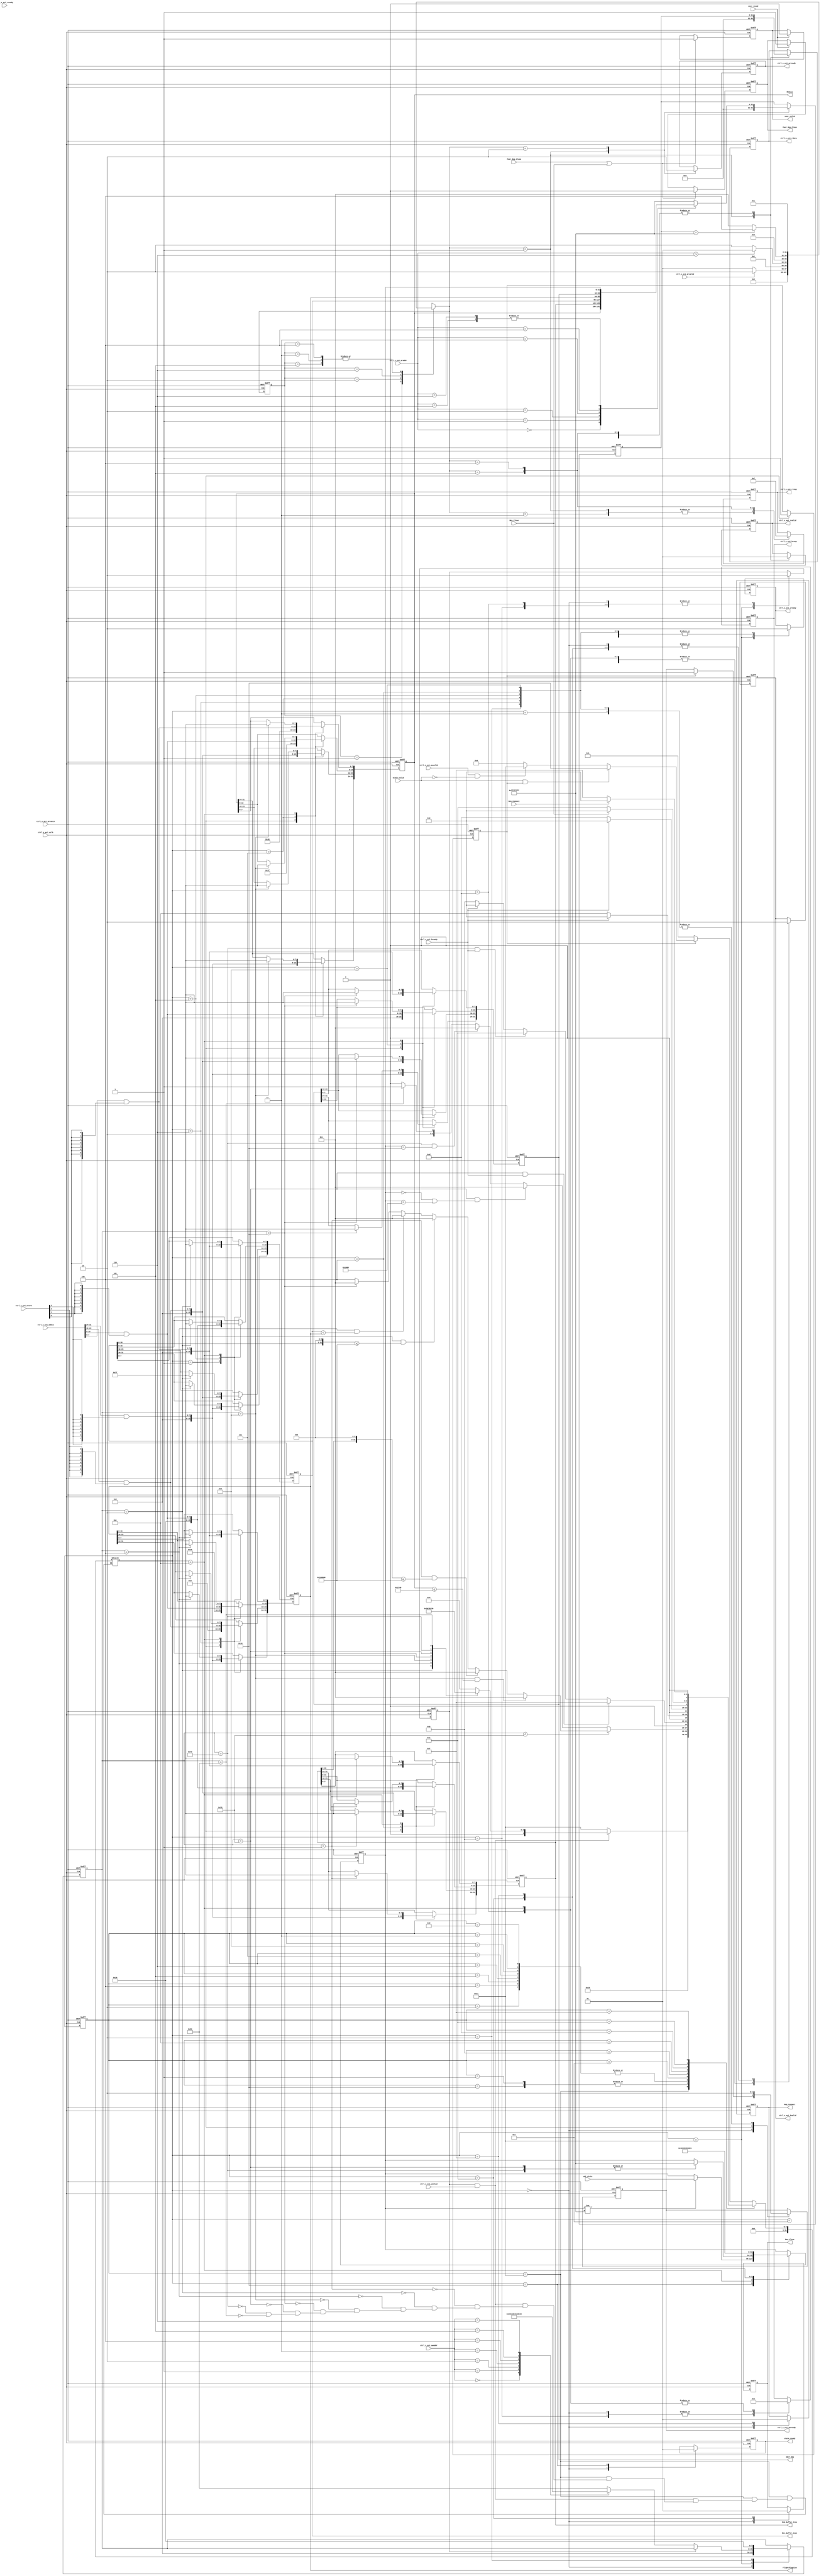
//%	@file   configure.v
//%	@brief	 
//% @details 
//% AXI-LITEBRAMUDTUDT
//% @details
//%	
//%		12
//%		2UDT:
//%			2.1
//%			2.2 
//%				2.2.1 
//%				2.2.2 
//%	:
//%		
//%			1UDTUDTSocket Manager
//%			2UDTUDTSocket Manager
//%	
//%			1UDTUDT
//%			2UDTSocket ManagerUDT
//%	
//%			AXI-LITEBRAM
//%	
module    configure #(
		parameter	DEFAULT_SND_BUFFER_SIZE	=	32'd8192 ,
		parameter	DEFAULT_REV_BUFFER_SIZE =   32'd8192 ,
		parameter	DEFAULT_FLIGHT_FLAG_SIZE =	32'd256000,
		parameter	MAX_MSSize	= 32'd8000	,
		parameter	MAX_MEMORY_SIZE	=   32'd1024*1024 ,
		parameter	DEFAULT_INIT_SEQ	=	0	,
		parameter	INIT_STATE	=	32'h0000_0000 ,
		parameter	CONNECTING	=	32'h0000_0001 ,
		parameter	CONNECTED	=	32'h0000_0010 ,
		parameter	CLOSING	=	32'h0000_0100	,
		parameter	CLOSED	=	32'h0000_1000	
	
)(
	input	ctrl_s_axi_aclk,							//% -(100Mhz)
	input   ctrl_s_axi_aresetn,							//% -()
	input	[31:0]	ctrl_s_axi_awaddr,					//%	-
	input	ctrl_s_axi_awvalid,							//% -
	output	reg	ctrl_s_axi_awready,						//%	-
	input	[31:0]	ctrl_s_axi_wdata,					//%	-
	input	[3:0]	ctrl_s_axi_wstrb,					//%	-
	input	ctrl_s_axi_wvalid,							//%	-
	output	reg	ctrl_s_axi_wready,						//%	-
	output	reg	[1:0]	ctrl_s_axi_bresp,				//%	-
	output	reg	ctrl_s_axi_bvalid,						//%	-
	input	ctrl_s_axi_bready,							//%	-
	
	input   [31:0]	ctrl_s_axi_araddr,					//% -
	input	ctrl_s_axi_arvalid,							//% -
	output	reg	ctrl_s_axi_arready,							//% -
	output  reg [31:0]	ctrl_s_axi_rdata,					//%	-
	output	reg [1:0]	ctrl_s_axi_rresp,					//%	-
	output	reg	ctrl_s_axi_rvalid,							//%	-
	input	ctrl_s_axi_rready,							//%	-
	
	input	[31:0]	udt_state ,							//%	
	input	state_valid,								//%	
	output	reg	state_ready,							//%	
	
	
	output	reg	Req_Connect ,							//%	
	input	Res_Connect ,								//% 
	
	output	reg	Req_Close	,							//%	
	input	Res_Close	,								//%	
	
	input	Peer_Req_Close ,						
	output	reg	Peer_Res_Close ,
	
//	output	reg	user_closed	,							//%	(UDT-AXI-STREAM-READY)
	output	reg	user_valid	,							//%	
	input	user_ready	,								//%	
//	output	CTRL_state_reg ,							//%	DEBUG
	
	
	output	reg	[31:0]	Snd_Buffer_Size ,					//%	buffer
	output	reg	[31:0]	Rev_Buffer_Size	,					//%	buffer
	output	reg [31:0]	 FlightFlagSize ,					//%	
	output	reg [31:0]	MSSize	,							//%	
	output	reg	[31:0]	INIT_SEQ							//%	

);
/*			(Snd_Buffer_Size +   Snd_Buffer_Size)*MSSize +   2*m_iFlightFlagSize*sizeof(list) < DEFAULT_FLIGHT_FLAG_SIZE */





reg	[31:0]	CTRL_state_reg ; 
reg	[31:0]	REG_address ;



(* mark_debug = "TRUE" *)	integer	CTRL_State  ;
(* mark_debug = "TRUE" *)	integer CTRL_Next_State ;
(* mark_debug = "TRUE" *)	integer	READ_CTRL_State ;
(* mark_debug = "TRUE" *)	integer READ_CTRL_Next_State ;


(* mark_debug = "TRUE" *)	reg		init_paramter ;

/*AXI-LITE*/


localparam  CTRL_IDLE = 0 ,  
	CTRL_INIT = 1 ,	CTRL_SEL = 17 ,
	CTRL_CONNECT = 2 , CTRL_CLOSE  = 3 ,
	CTRL_SND_BUFFER = 4 , CTRL_REV_BUFFER = 5 ,CTRL_FLIGHT_SIZE = 6 , CTRL_MSSIZE = 7 , CTRL_INIT_SEQ = 8 ,
	CTRL_UNKOWN = 9 ,
	WRESP_IDLE = 10 , WRESP_OK = 11 ,WRESP_SLVERR = 12 ,WRESP_DECERR = 13 ,
	CTRL_CLOSE2CORE = 14 ,  CTRL_CONNECT2CORE = 15  ,
	CTRL_UDT_STATE  = 16 ;

			


localparam	READ_IDLE   =  1  , READ_ADDRESS  = 2 ,  READ_OK  = 3 , READ_SLVERR = 4 , READ_DECERR = 5  , RRESP_IDLE = 6;

(* mark_debug = "TRUE" *)	reg	[7:0]	sel ;
(* mark_debug = "TRUE" *)	reg			sel_en	;
(* mark_debug = "TRUE" *)	reg [31:0]	rd_sel ;

parameter	SEL_SND_PARAMETER	=	8'b0000_0001 ;
parameter	SEL_RCV_PARAMETER	=	8'b0000_0010 ;
parameter	SEL_FIGHT_SIZE		=	8'b0000_0100 ;
parameter	SEL_MSSIZE			=	8'b0000_1000 ;
parameter	SEL_INIT_SEQ		=	8'b0001_0000 ;
parameter	SEL_CONNECT			=	8'b0010_0000 ;
parameter	SEL_CLOSE			=	8'b0100_0000 ;
parameter	SEL_UNKNOW			=	8'b1000_0000 ;
/* read  channel  for AXI */

always@(posedge ctrl_s_axi_aclk or negedge ctrl_s_axi_aresetn)
begin
	if(!ctrl_s_axi_aresetn)
	begin
		user_valid <= 0 ;
		Peer_Res_Close <= 0 ;
	end
	else	if(Peer_Req_Close || Res_Close ) begin
		user_valid <= 1 ;
		Peer_Res_Close <= 0 ;
	end
	else	if(user_ready) begin
		user_valid <= 0 ;
		Peer_Res_Close <= 1 ;
	end
end

always@(posedge  ctrl_s_axi_aclk or  negedge ctrl_s_axi_aresetn)
begin
	if(!ctrl_s_axi_aresetn)
		READ_CTRL_State  <= READ_IDLE ;
	else
		READ_CTRL_State  <= READ_CTRL_Next_State ;
end

always@(*)
begin
	case(READ_CTRL_State)
		READ_IDLE:
			if(ctrl_s_axi_arvalid)
				READ_CTRL_Next_State =  READ_ADDRESS ;
			else
				READ_CTRL_Next_State =  READ_IDLE ;
		READ_ADDRESS:
			if(ctrl_s_axi_araddr > 32'h0000_0006)
				READ_CTRL_Next_State	=	READ_DECERR	;
			else
				READ_CTRL_Next_State	=	RRESP_IDLE ;
		RRESP_IDLE:
			if(rd_sel == 32'hffff_ffff)
				READ_CTRL_Next_State	=	READ_SLVERR ;
			else
				READ_CTRL_Next_State	=	READ_OK ;
		READ_DECERR:
			READ_CTRL_Next_State =  READ_IDLE ;
		READ_OK:
			READ_CTRL_Next_State =  READ_IDLE ; 
		READ_SLVERR:
			READ_CTRL_Next_State =  READ_IDLE ; 
		default:
			READ_CTRL_Next_State = 'bx ;
	endcase
	
end

always@(posedge	ctrl_s_axi_aclk or  negedge  ctrl_s_axi_aresetn)
begin
	if(!ctrl_s_axi_aresetn)
	begin
		ctrl_s_axi_arready <= 0 ;
		ctrl_s_axi_rdata	<= 32'h 0;
		ctrl_s_axi_rresp	<= 2'b0;
		ctrl_s_axi_rvalid	<= 1'b0;
//		CTRL_state_reg		<=	INIT_STATE ;
		rd_sel <= 0 ;
	end
	else
	begin
		case(READ_CTRL_Next_State)
			READ_IDLE:
			begin
				ctrl_s_axi_arready 	<= 1 ;
				ctrl_s_axi_rdata	<= 32'h 0;
				ctrl_s_axi_rresp	<= 2'b0;
				ctrl_s_axi_rvalid	<=  0;
				rd_sel <= 0 ;
			end
			READ_ADDRESS:
			begin
				case(ctrl_s_axi_araddr)
					32'h0000_0000:
						rd_sel <= MSSize ;
					32'h0000_0001:
						rd_sel <= Snd_Buffer_Size ;
					32'h0000_0002:
						rd_sel <= Rev_Buffer_Size ;
					32'h0000_0003:
						rd_sel <= FlightFlagSize ;
					32'h0000_0004:
						rd_sel <= INIT_SEQ	;
					32'h0000_0005:
						rd_sel <= CTRL_state_reg ;
					32'h0000_0006:
						rd_sel <= CTRL_state_reg ;
					default:
						rd_sel <= 32'hffff_ffff ;	
				endcase
				ctrl_s_axi_arready <= 0 ;
			end
			READ_OK:
			begin
				ctrl_s_axi_rdata <= rd_sel ;
				ctrl_s_axi_rresp <= 2'b00 ;
				ctrl_s_axi_rvalid <= 1 ;
			end
			READ_DECERR:
			begin
				ctrl_s_axi_rdata <= rd_sel ;
				ctrl_s_axi_rresp <= 2'b01 ;
				ctrl_s_axi_rvalid <= 1  ;
			end
			READ_SLVERR:
			begin
				ctrl_s_axi_rdata <= rd_sel ;
				ctrl_s_axi_rresp <= 2'b11 ;
				ctrl_s_axi_rvalid <= 1 ;
			end
		endcase
	end
end
/*	write channel for AXI */
always@(posedge	ctrl_s_axi_aclk or negedge ctrl_s_axi_aresetn)
begin
	if(!ctrl_s_axi_aresetn)
		CTRL_State	<=	CTRL_IDLE ;
	else
		CTRL_State	<=	CTRL_Next_State	;
end		


always@(*)
begin
	case(CTRL_State)
		CTRL_IDLE:
		if(init_paramter == 0 )
			CTRL_Next_State = CTRL_INIT ;
		else	if(state_valid  && init_paramter)
			CTRL_Next_State = CTRL_UDT_STATE ;
		else	if(ctrl_s_axi_awvalid && !state_valid)
			CTRL_Next_State = CTRL_SEL ;
		else
			CTRL_Next_State = CTRL_IDLE ;
		
		CTRL_SEL:
		begin
			if(sel_en && ctrl_s_axi_wvalid)
			begin
				case(sel)
				SEL_SND_PARAMETER:CTRL_Next_State = CTRL_SND_BUFFER ;
				SEL_RCV_PARAMETER:CTRL_Next_State = CTRL_REV_BUFFER ;
				SEL_FIGHT_SIZE:CTRL_Next_State = CTRL_FLIGHT_SIZE ;
				SEL_MSSIZE:CTRL_Next_State = CTRL_MSSIZE ;
				SEL_INIT_SEQ:CTRL_Next_State = CTRL_INIT_SEQ ;
				SEL_CONNECT:CTRL_Next_State = CTRL_CONNECT ;
				SEL_CLOSE:CTRL_Next_State = CTRL_CLOSE ;
				SEL_UNKNOW:CTRL_Next_State = CTRL_UNKOWN ;
				endcase
			end
			else
				CTRL_Next_State =  CTRL_SEL ;
		end
		CTRL_UDT_STATE:
		begin
			CTRL_Next_State = CTRL_IDLE ;
		end
	
		
		CTRL_INIT:
		begin
			CTRL_Next_State	=	CTRL_IDLE	;
		end
	
		CTRL_CONNECT:
		begin
			CTRL_Next_State =	WRESP_IDLE	;
				
		end
		CTRL_SND_BUFFER:
		begin
			//if(ctrl_s_axi_wvalid)
				CTRL_Next_State =	WRESP_IDLE	;
			//else
			//	CTRL_Next_State =	CTRL_SND_BUFFER ;
		end
		CTRL_REV_BUFFER:
		begin
			//if(ctrl_s_axi_wvalid)
				CTRL_Next_State =	WRESP_IDLE	;
			//else
			//	CTRL_Next_State =	CTRL_REV_BUFFER ;
		end
		CTRL_FLIGHT_SIZE:
		begin
			//if(ctrl_s_axi_wvalid)
				CTRL_Next_State =	WRESP_IDLE	;
			//else
			//	CTRL_Next_State =	CTRL_FLIGHT_SIZE ;
		end
		CTRL_MSSIZE:
		begin
			//if(ctrl_s_axi_wvalid)
				CTRL_Next_State =	WRESP_IDLE	;
			//else
			//	CTRL_Next_State =	CTRL_MSSIZE ;
		end
		
		CTRL_INIT_SEQ:
		begin
			//if(ctrl_s_axi_wvalid)
				CTRL_Next_State =	WRESP_IDLE	;
			//else
			//	CTRL_Next_State =	CTRL_INIT_SEQ ;
		end
		
		CTRL_CLOSE:
		begin
			//if(ctrl_s_axi_wvalid)
				CTRL_Next_State =	WRESP_IDLE	;
			//else
			//	CTRL_Next_State =	CTRL_CLOSE ;
		end
		
		CTRL_UNKOWN:
		begin
		//	if(ctrl_s_axi_wvalid)
				CTRL_Next_State =	WRESP_IDLE	;
		//	else
		//		CTRL_Next_State =	CTRL_UNKOWN ;
		end
		WRESP_IDLE:
		begin
			if(sel <  8'b0010_0000 ) begin
				if(sel == SEL_MSSIZE && MSSize <= MAX_MSSize)
					CTRL_Next_State =	WRESP_OK ;
				else	if(	sel == SEL_SND_PARAMETER && (Snd_Buffer_Size << 3) <= MAX_MEMORY_SIZE)
					CTRL_Next_State =	WRESP_OK ;
				else	if(sel == SEL_RCV_PARAMETER &&  (Rev_Buffer_Size << 3) <= MAX_MEMORY_SIZE)
					CTRL_Next_State =	WRESP_OK ;
				else	if(sel == SEL_FIGHT_SIZE && Rev_Buffer_Size < FlightFlagSize )
					CTRL_Next_State =	WRESP_OK ;
				else	if(sel == SEL_INIT_SEQ )
					CTRL_Next_State =	WRESP_OK ;
				else
					CTRL_Next_State =	WRESP_SLVERR ;
			end  else	if(sel == SEL_CONNECT && (CTRL_state_reg == INIT_STATE || CTRL_state_reg == CLOSED))
				CTRL_Next_State =	WRESP_OK ;
			else	if(sel == SEL_CLOSE &&  CTRL_state_reg == CONNECTED )
				CTRL_Next_State = 	WRESP_OK ;
			else	if(sel == SEL_UNKNOW)
				CTRL_Next_State =	WRESP_DECERR ;
			else
				CTRL_Next_State =  WRESP_SLVERR ;
		end
		WRESP_OK:
		begin
			if( sel == SEL_CONNECT &&  ctrl_s_axi_bready)
				CTRL_Next_State = CTRL_CONNECT2CORE ;
			else	if(sel == SEL_CLOSE && ctrl_s_axi_bready)
				CTRL_Next_State = CTRL_CLOSE2CORE	;
			else	if(ctrl_s_axi_bready)
				CTRL_Next_State = CTRL_IDLE ;
			else
				CTRL_Next_State =  WRESP_OK ;
		end
		WRESP_SLVERR:
		begin
			if(ctrl_s_axi_bready)
				CTRL_Next_State = CTRL_IDLE ;
			else
				CTRL_Next_State =  WRESP_SLVERR ;
		end
		WRESP_DECERR:
		begin
			if(ctrl_s_axi_bready)
				CTRL_Next_State = CTRL_IDLE ;
			else
				CTRL_Next_State =  WRESP_DECERR ;
		end
		CTRL_CLOSE2CORE:
		begin
			if(Res_Close)
				CTRL_Next_State = CTRL_IDLE ;
			else
				CTRL_Next_State = CTRL_CLOSE2CORE ;
		end
		CTRL_CONNECT2CORE:
		begin
			if(Res_Connect)
				CTRL_Next_State = CTRL_IDLE ;
			else
				CTRL_Next_State = CTRL_CONNECT2CORE ;
		end
		default:
			CTRL_Next_State = 'bx ;
	endcase
end


always@(posedge	ctrl_s_axi_aclk or negedge	ctrl_s_axi_aresetn)
begin
	if(!ctrl_s_axi_aresetn)
	begin
		init_paramter <= 0;
		ctrl_s_axi_awready <= 0 ;
		ctrl_s_axi_wready  <= 0 ;
		ctrl_s_axi_bresp  <= 2'b00 ;
		ctrl_s_axi_bvalid <= 0 ;
		sel <= 8'b0 ;
		Snd_Buffer_Size  <= 'bx ;
		Rev_Buffer_Size	<= 'bx ;
		FlightFlagSize <= 'bx ;
		MSSize <= 'bx ;
		INIT_SEQ <= 'bx ;
		CTRL_state_reg	<=	INIT_STATE ;
		Req_Close <= 0 ;
		sel_en <= 0 ;
		state_ready <= 0 ;
		Req_Connect <= 0 ;
	end
	else	begin
		case(CTRL_Next_State)
			CTRL_IDLE:
			begin
				sel <= 8'b0 ;
				state_ready <= 0 ;
				if(init_paramter)
					ctrl_s_axi_awready <= 1 ;
				ctrl_s_axi_wready  <= 0 ;
				ctrl_s_axi_bresp  <= 2'b00 ;
				ctrl_s_axi_bvalid <= 0 ;
				Req_Close <= 0 ;
				sel_en <= 0 ;
				Req_Connect <= 0 ;
			end
			CTRL_INIT:
			begin
				init_paramter <= 1 ;
				ctrl_s_axi_awready <= 1 ;
				Snd_Buffer_Size <= DEFAULT_SND_BUFFER_SIZE ;
				Rev_Buffer_Size <= DEFAULT_REV_BUFFER_SIZE ;
				FlightFlagSize <= DEFAULT_FLIGHT_FLAG_SIZE ;
				INIT_SEQ <=  DEFAULT_INIT_SEQ ;
				MSSize <= MAX_MSSize ;
			end
			CTRL_SEL:
			begin
				ctrl_s_axi_wready <= 1 ;
//				ctrl_s_axi_awready <= 0 ;
				REG_address	<= ctrl_s_axi_awaddr ;
				if(!sel_en)begin
				case(ctrl_s_axi_awaddr)
					32'h0000_0000:	sel<=SEL_MSSIZE;
					32'h0000_0001:	sel<=SEL_SND_PARAMETER ;
					32'h0000_0002:	sel<=SEL_RCV_PARAMETER ;
					32'h0000_0003:	sel<=SEL_FIGHT_SIZE ;
					32'h0000_0004:	sel<=SEL_INIT_SEQ ;
					32'h0000_0005:	sel<=SEL_CONNECT ;
					32'h0000_0006:	sel<=SEL_CLOSE	;
					default:
						sel	<= SEL_UNKNOW ;
				endcase
				end
				sel_en	<=	1 ;
			end
			CTRL_UDT_STATE:
			begin
				if(CTRL_state_reg != 32'hffff_ffff)
					CTRL_state_reg	<= udt_state ;
			
				state_ready <= 1 ;
					
			end
			CTRL_CONNECT: 
			begin
				ctrl_s_axi_wready  <= 0 ;
				ctrl_s_axi_awready <= 0 ;
				sel <= SEL_CONNECT ;
			end
			CTRL_CLOSE:
			begin
				ctrl_s_axi_wready <= 0 ;
				ctrl_s_axi_awready <= 0 ;
				
			end
			CTRL_MSSIZE:
			begin
				ctrl_s_axi_wready <= 0 ;
				ctrl_s_axi_awready <= 0 ;
				MSSize[31:24] <= ctrl_s_axi_wdata[31:24] & {8{ctrl_s_axi_wstrb[3]}};
				MSSize[23:16] <= ctrl_s_axi_wdata[23:16] & {8{ctrl_s_axi_wstrb[2]}};
				MSSize[15:8]  <= ctrl_s_axi_wdata[15:8] & {8{ctrl_s_axi_wstrb[1]}};
				MSSize[7:0]   <= ctrl_s_axi_wdata[7:0] & {8{ctrl_s_axi_wstrb[0]}};
				
			end
			CTRL_FLIGHT_SIZE:
			begin
				ctrl_s_axi_wready <= 0 ;
				ctrl_s_axi_awready <= 0 ;
				FlightFlagSize[31:24] <= ctrl_s_axi_wdata[31:24] & {8{ctrl_s_axi_wstrb[3]}};
				FlightFlagSize[23:16] <= ctrl_s_axi_wdata[23:16] & {8{ctrl_s_axi_wstrb[2]}};
				FlightFlagSize[15:8]  <= ctrl_s_axi_wdata[15:8] & {8{ctrl_s_axi_wstrb[1]}};
				FlightFlagSize[7:0]   <= ctrl_s_axi_wdata[7:0] & {8{ctrl_s_axi_wstrb[0]}};
				
			end
			CTRL_SND_BUFFER:
			begin
				ctrl_s_axi_wready <=  0 ;
				ctrl_s_axi_awready <= 0 ;
				Snd_Buffer_Size[31:24] <= ctrl_s_axi_wdata[31:24] & {8{ctrl_s_axi_wstrb[3]}};
				Snd_Buffer_Size[23:16] <= ctrl_s_axi_wdata[23:16] & {8{ctrl_s_axi_wstrb[2]}};
				Snd_Buffer_Size[15:8]  <= ctrl_s_axi_wdata[15:8] & {8{ctrl_s_axi_wstrb[1]}};
				Snd_Buffer_Size[7:0]   <= ctrl_s_axi_wdata[7:0] & {8{ctrl_s_axi_wstrb[0]}};
				
			end
			CTRL_REV_BUFFER:
			begin
				ctrl_s_axi_wready <=  0 ;
				ctrl_s_axi_awready <= 0 ;
				Rev_Buffer_Size[31:24] <= ctrl_s_axi_wdata[31:24] & {8{ctrl_s_axi_wstrb[3]}};
				Rev_Buffer_Size[23:16] <= ctrl_s_axi_wdata[23:16] & {8{ctrl_s_axi_wstrb[2]}};
				Rev_Buffer_Size[15:8]  <= ctrl_s_axi_wdata[15:8] & {8{ctrl_s_axi_wstrb[1]}};
				Rev_Buffer_Size[7:0]   <= ctrl_s_axi_wdata[7:0] & {8{ctrl_s_axi_wstrb[0]}};
				
			end
			CTRL_INIT_SEQ:
			begin
				ctrl_s_axi_wready <=  0 ;
				ctrl_s_axi_awready <= 0 ;
				INIT_SEQ[31:24] <= ctrl_s_axi_wdata[31:24] & {8{ctrl_s_axi_wstrb[3]}};
				INIT_SEQ[23:16] <= ctrl_s_axi_wdata[23:16] & {8{ctrl_s_axi_wstrb[2]}};
				INIT_SEQ[15:8]  <= ctrl_s_axi_wdata[15:8] & {8{ctrl_s_axi_wstrb[1]}};
				INIT_SEQ[7:0]   <= ctrl_s_axi_wdata[7:0] & {8{ctrl_s_axi_wstrb[0]}};
				
			end
			WRESP_IDLE:
			begin
				sel_en <= 0 ;
				ctrl_s_axi_wready <= 0 ;
			end
			WRESP_OK:
			begin
				sel_en <= 0 ;
				ctrl_s_axi_bvalid <= 1 ;
				ctrl_s_axi_bresp  <= 2'b00 ;
			end
			WRESP_DECERR:
			begin
				sel_en <= 0 ;
				ctrl_s_axi_bvalid <= 1 ;
				ctrl_s_axi_bresp  <= 2'b11 ;
			end
			WRESP_SLVERR:
			begin
				ctrl_s_axi_bvalid <= 1 ;
				ctrl_s_axi_bresp  <= 2'b11 ;
				case(sel)
					SEL_MSSIZE:
					begin
						MSSize <= 32'hffff_ffff ;
					end
					
					SEL_SND_PARAMETER:
					begin
						Snd_Buffer_Size <= 32'hffff_ffff ;
					end
					
					SEL_RCV_PARAMETER:
					begin
						Rev_Buffer_Size  <=32'hffff_ffff ;
					end
					
					SEL_FIGHT_SIZE:
					begin
						FlightFlagSize <=32'hffff_ffff ;
					end
					SEL_INIT_SEQ:
					begin
						INIT_SEQ <=32'hffff_ffff ;
					end
					SEL_CONNECT:
					begin
						CTRL_state_reg <=32'hffff_ffff ;
					end
					SEL_CLOSE:
					begin
						CTRL_state_reg <=32'hffff_ffff ;
					end
				endcase
			end
			CTRL_CLOSE2CORE:
			begin
				ctrl_s_axi_bvalid <= 0 ;
				Req_Close <= 1 ;
				CTRL_state_reg  <= CLOSING ;
			end
			CTRL_CONNECT2CORE:
			begin
				ctrl_s_axi_bvalid <= 0 ;
				Req_Connect <= 1 ;
				CTRL_state_reg  <= CONNECTING ;
			end
		endcase
	end
end
endmodule